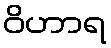
ဝိဟာရ